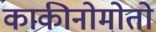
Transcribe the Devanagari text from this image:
काकीनोमोतो